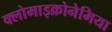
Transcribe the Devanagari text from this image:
क्लोमाइक्रोनेमिया